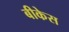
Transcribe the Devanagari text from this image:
बीकेस